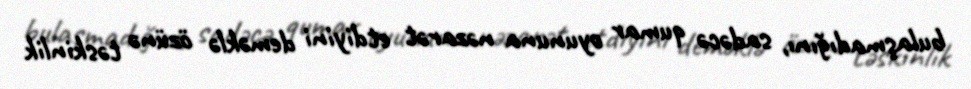
bulaşmadığını, sadəcə qumar oyununa nəzarət etdiyini deməklə özünə təskinlik